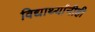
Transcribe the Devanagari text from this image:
विद्यार्थ्यांनीही